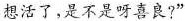
想活了，是不是呀喜良?”